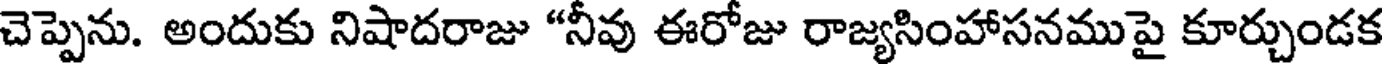
చెప్పెను. అందుకు నిషాదరాజు "నీవు ఈరోజు రాజ్యసింహాసనముపై కూర్చుండక